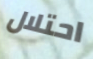
احتلال